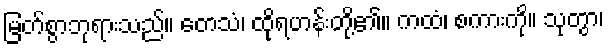
မြတ်စွာဘုရားသည်။ တေသံ၊ ထိုရဟန်းတို့၏။ ကထံ၊ စကားကို။ သုတွာ၊